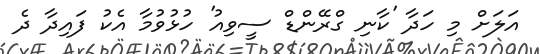
އަލަށް މި ހަދާ 'ކާނި ގްރޭންޑް ސީވިއު' ހުޅުވުމާ އެކު ފައިދާ ދެ